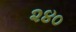
૨૪૦